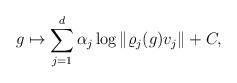
LaTeX: \begin{align*} g\mapsto\sum_{j=1}^d \alpha_j \log \|\varrho_j(g)v_j\| + C, \end{align*}